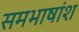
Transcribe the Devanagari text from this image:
समभाषांश